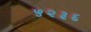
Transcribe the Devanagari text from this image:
५२३६